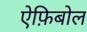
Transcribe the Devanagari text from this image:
ऐफ़िबोल